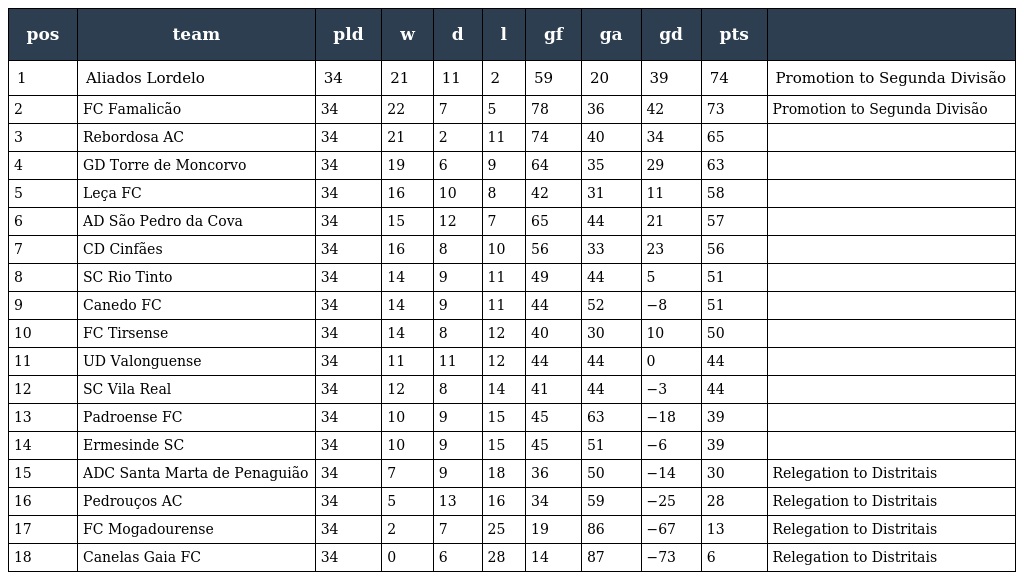
| pos | team | pld | w | d | l | gf | ga | gd | pts |  |
 | --- | --- | --- | --- | --- | --- | --- | --- | --- | --- | --- |
 | 1 | Aliados Lordelo | 34 | 21 | 11 | 2 | 59 | 20 | 39 | 74 | Promotion to Segunda Divisão |
 | 2 | FC Famalicão | 34 | 22 | 7 | 5 | 78 | 36 | 42 | 73 | Promotion to Segunda Divisão |
 | 3 | Rebordosa AC | 34 | 21 | 2 | 11 | 74 | 40 | 34 | 65 |  |
 | 4 | GD Torre de Moncorvo | 34 | 19 | 6 | 9 | 64 | 35 | 29 | 63 |  |
 | 5 | Leça FC | 34 | 16 | 10 | 8 | 42 | 31 | 11 | 58 |  |
 | 6 | AD São Pedro da Cova | 34 | 15 | 12 | 7 | 65 | 44 | 21 | 57 |  |
 | 7 | CD Cinfães | 34 | 16 | 8 | 10 | 56 | 33 | 23 | 56 |  |
 | 8 | SC Rio Tinto | 34 | 14 | 9 | 11 | 49 | 44 | 5 | 51 |  |
 | 9 | Canedo FC | 34 | 14 | 9 | 11 | 44 | 52 | −8 | 51 |  |
 | 10 | FC Tirsense | 34 | 14 | 8 | 12 | 40 | 30 | 10 | 50 |  |
 | 11 | UD Valonguense | 34 | 11 | 11 | 12 | 44 | 44 | 0 | 44 |  |
 | 12 | SC Vila Real | 34 | 12 | 8 | 14 | 41 | 44 | −3 | 44 |  |
 | 13 | Padroense FC | 34 | 10 | 9 | 15 | 45 | 63 | −18 | 39 |  |
 | 14 | Ermesinde SC | 34 | 10 | 9 | 15 | 45 | 51 | −6 | 39 |  |
 | 15 | ADC Santa Marta de Penaguião | 34 | 7 | 9 | 18 | 36 | 50 | −14 | 30 | Relegation to Distritais |
 | 16 | Pedrouços AC | 34 | 5 | 13 | 16 | 34 | 59 | −25 | 28 | Relegation to Distritais |
 | 17 | FC Mogadourense | 34 | 2 | 7 | 25 | 19 | 86 | −67 | 13 | Relegation to Distritais |
 | 18 | Canelas Gaia FC | 34 | 0 | 6 | 28 | 14 | 87 | −73 | 6 | Relegation to Distritais |